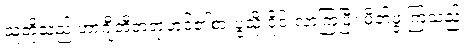
သူတို့သည် ဟာဂျီအီဘရာဟင်၏စားပွဲသို့ ဝိုင်းလာကြပြီး မိတ်ဖွဲ့ ကြသည်။